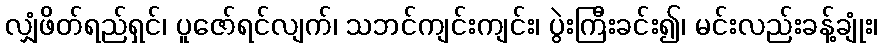
လျှံဖိတ်ရည်ရှင်၊ ပူဇော်ရင်လျက်၊ သဘင်ကျင်းကျင်း၊ ပွဲးကြီးခင်း၍၊ မင်းလည်းခန့်ချုံး၊